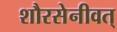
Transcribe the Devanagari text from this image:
शौरसेनीवत्